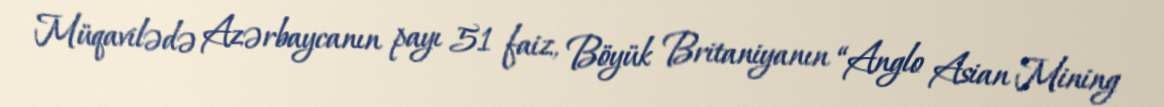
Müqavilədə Azərbaycanın payı 51 faiz, Böyük Britaniyanın “Anglo Asian Mining